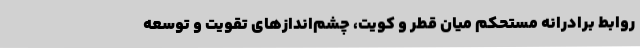
روابط برادرانه مستحکم میان قطر و کویت، چشم‌اندازهای تقویت و توسعه